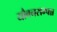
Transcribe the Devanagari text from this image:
यौवनसम्पन्न